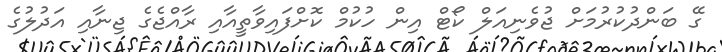
ގޭ ބަންދުކުރުމަށް ޖުވެނިއަލް ކޯޓް އިން ހުކުމް ކޮށްފައިވާތީއާއި ރާއްޖެގެ ޖިނާއި އަދުލުގެ